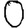
Digit: 0